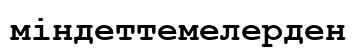
міндеттемелерден